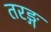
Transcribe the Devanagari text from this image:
तरङ्ग